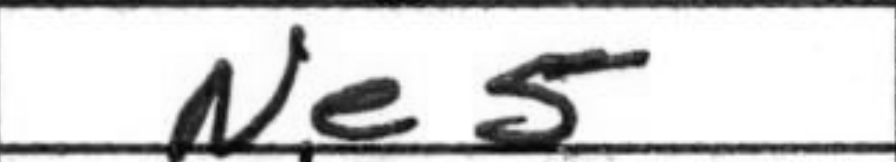
Transcription: Ne5